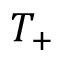
T _ { + }